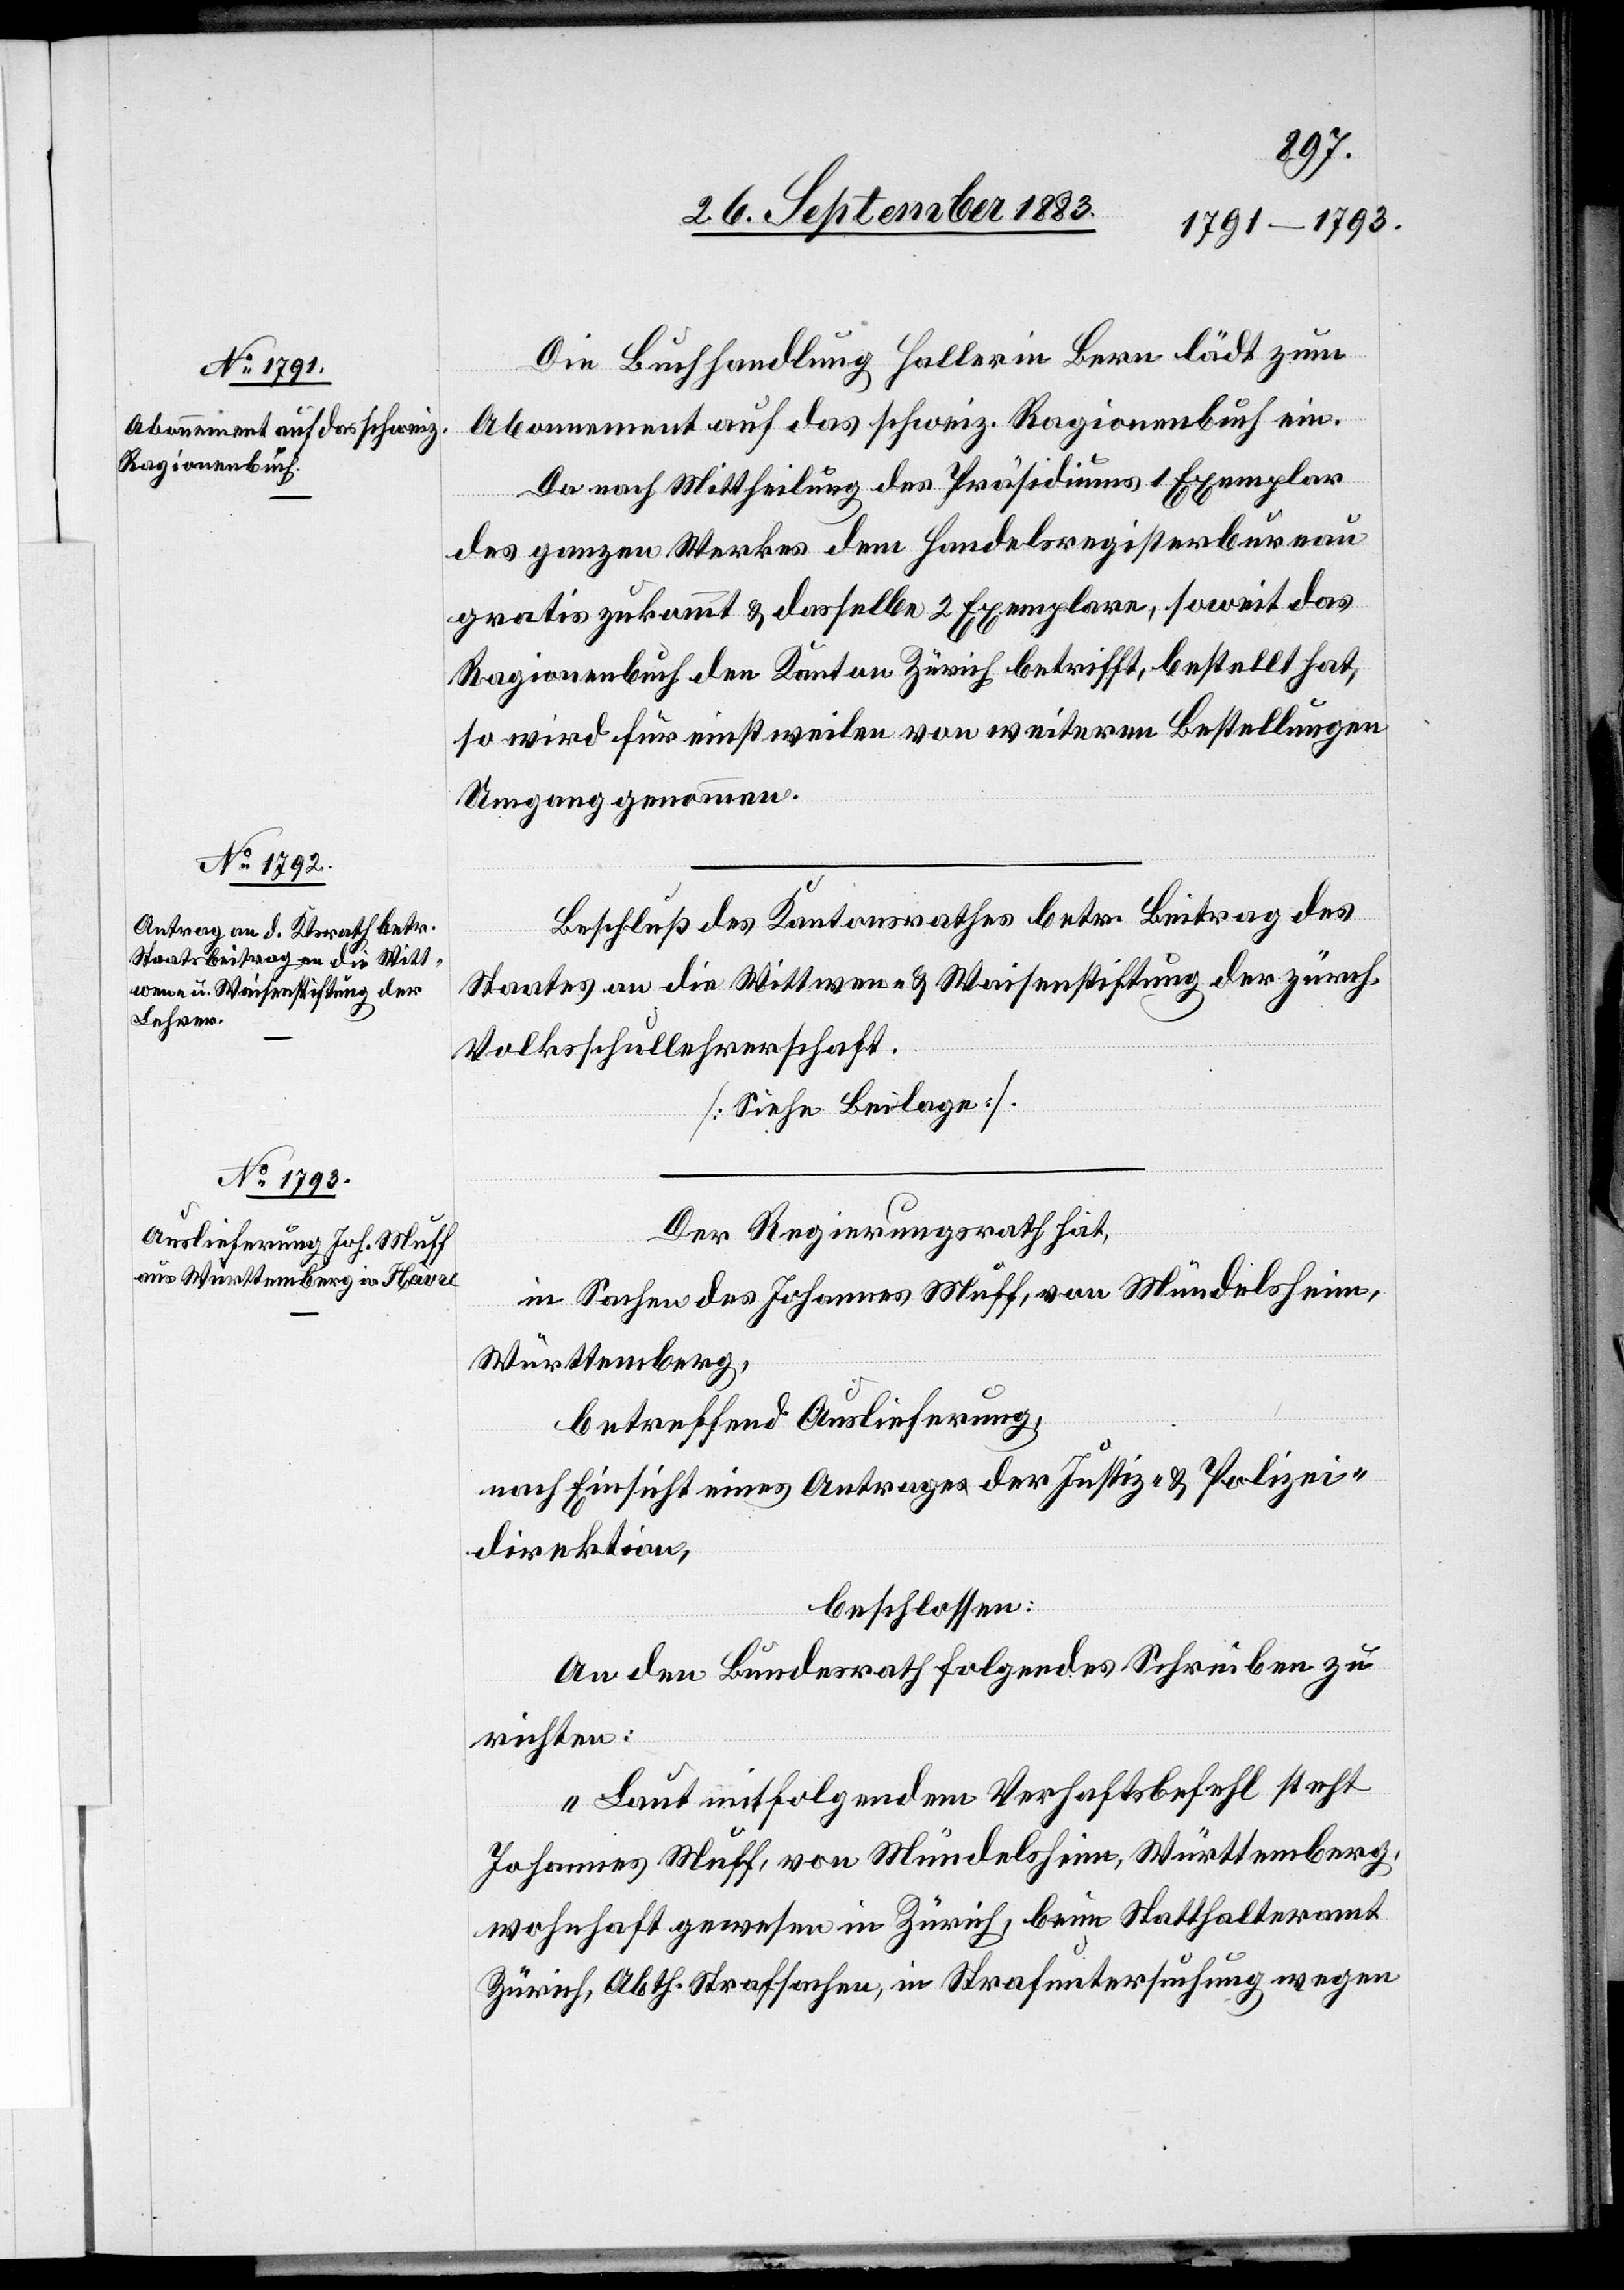
Die Buchhandlung Haller in Bern lädt zum
Abonnement auf das schweiz. Ragionenbuch ein.
Da nach Mittheilung des Präsidiums 1 Exemplar
des ganzen Werkes dem Handelsregisterbureau
gratis zukommt & dasselbe 2 Exemplare, soweit das
Ragionenbuch den Kanton Zürich betrifft, bestellt hat,
so wird für einstweilen von weitern Bestellungen
Umgang genommen.
Beschluß des Kantonsrathes betr. Beitrag des
Staates an die Wittwen- & Waisenstiftung der zürch.
Volksschullehrerschaft.
[Siehe Beilage].
Der Regierungsrath hat,
in Sachen des Johannes Muff, von Mündelsheim,
Württemberg,
betreffend Auslieferung,
nach Einsicht eines Antrages der Justiz- & Polizei¬
direktion,
beschlossen:
An den Bundesrath folgendes Schreiben zu
richten:
„Laut mitfolgendem Verhaftsbefehl steht
Johannes Muff, von Mündelsheim, Württemberg,
wohnhaft gewesen in Zürich, beim Statthalteramt
Zürich, Abth. Strafsachen, in Strafuntersuchung wegen